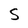
Character: S